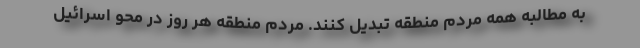
به مطالبه همه مردم منطقه تبدیل کنند. مردم منطقه هر روز در محو اسرائیل